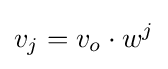
v_{j}=v_{o}\cdot w^{j}